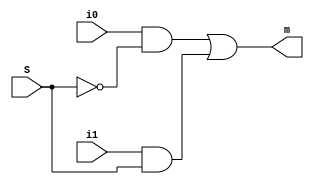
module mux(i0, i1, S, m);
	input i0, i1, S;
	output m;
	
	not n(nout, S);
	and a1(aout1, i0, nout);
	and a2(aout2, i1, S);
	or o1(m, aout1, aout2);
endmodule